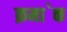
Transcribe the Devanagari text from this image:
क्रमा॓क